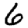
Digit: 6